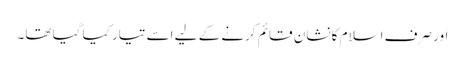
اور صرف اسلام کا نشان قائم کرنے کے لیے اسے تیار کیا گیا تھا۔